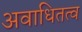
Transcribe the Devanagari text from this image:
अवाधितत्व